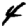
Digit: 4